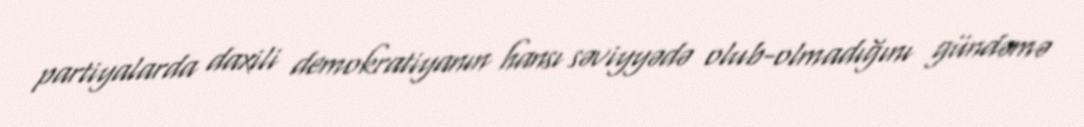
partiyalarda daxili demokratiyanın hansı səviyyədə olub-olmadığını gündəmə